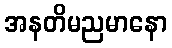
အနတိမညမာနော